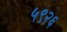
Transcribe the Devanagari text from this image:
५९२६